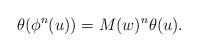
LaTeX: \begin{align*}\theta(\phi^n(u)) = M(w)^n \theta(u).\end{align*}